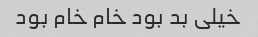
خیلی بد بود خام خام بود